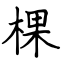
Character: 棵